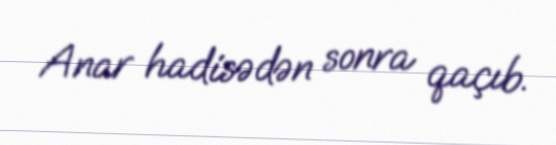
Anar hadisədən sonra qaçıb.